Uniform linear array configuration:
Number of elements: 12
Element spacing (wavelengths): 0.5
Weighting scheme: hann
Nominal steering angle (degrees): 45
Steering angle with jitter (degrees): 44.299
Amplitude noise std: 0.05
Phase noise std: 0.05

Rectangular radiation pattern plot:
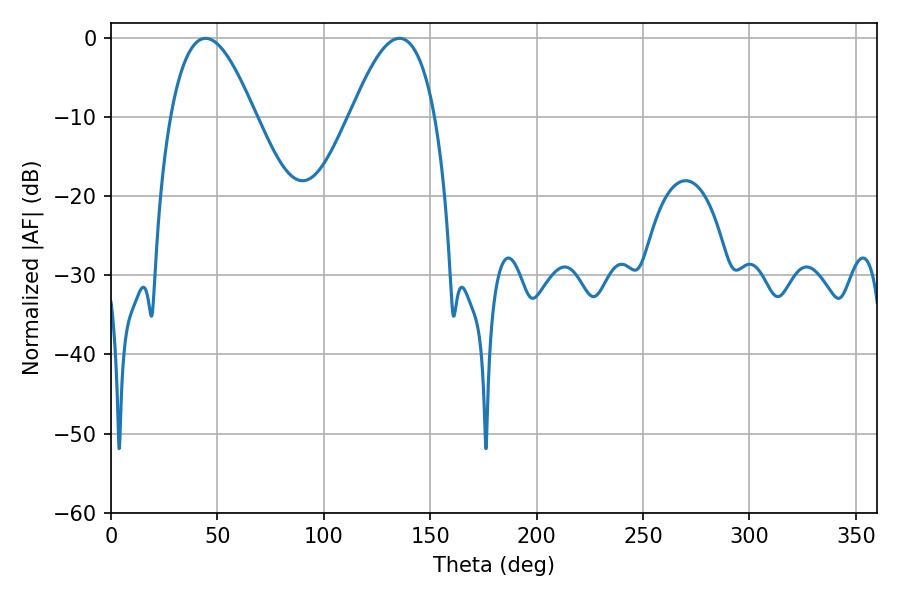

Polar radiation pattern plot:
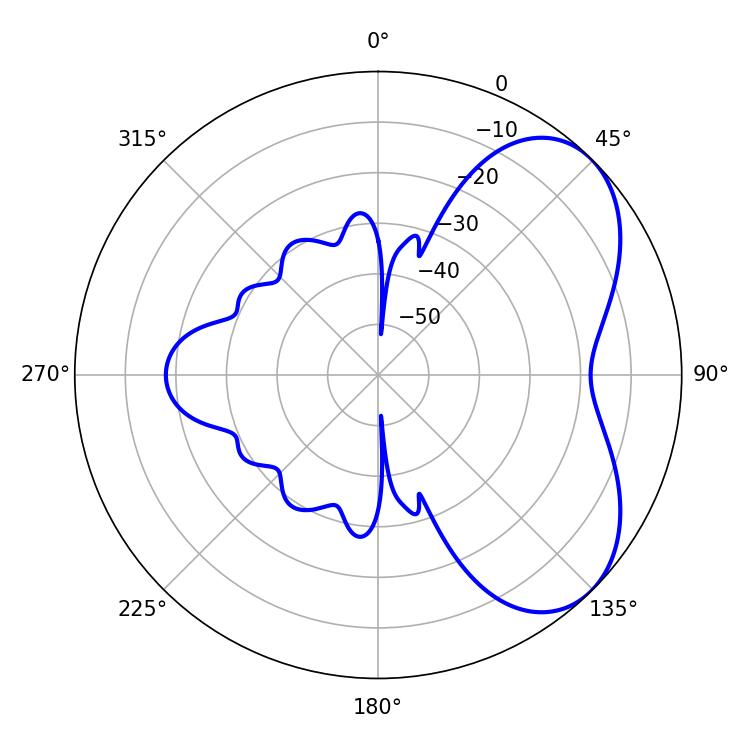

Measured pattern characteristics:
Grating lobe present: FALSE
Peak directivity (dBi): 5.291
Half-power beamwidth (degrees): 21.6
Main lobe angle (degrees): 44.46